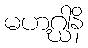
မဟဂ္ဃါနိ